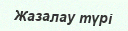
Жазалау түрі